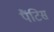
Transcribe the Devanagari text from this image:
पैंटिस